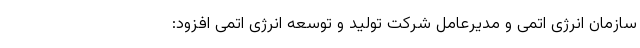
سازمان انرژی اتمی و مدیرعامل شرکت تولید و توسعه انرژی اتمی افزود: